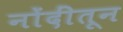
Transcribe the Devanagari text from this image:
नोंदींतून